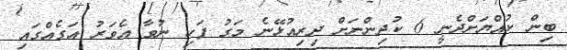
ބިން ކުއްޔަށްދެނީ 6 ކުދިންނަށް ދިރިއުޅޭނެ މަގު ފަހި ނުވާ އެވަރު އަގެއްގައި